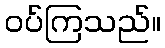
ဝပ်ကြသည်။